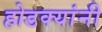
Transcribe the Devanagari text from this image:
होडक्यांनी